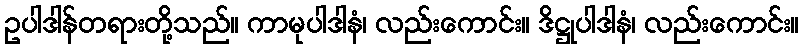
ဥပါဒါန်တရားတို့သည်။ ကာမုပါဒါနံ၊ လည်းကောင်း။ ဒိဋ္ဌုပါဒါနံ၊ လည်းကောင်း။